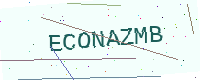
Text: ECONAZMB